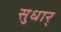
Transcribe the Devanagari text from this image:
सुधार्